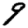
Digit: 9